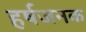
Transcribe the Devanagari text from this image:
हर्षजनक